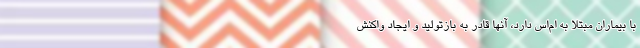
با بیماران مبتلا به ام‌اس دارد، آنها قادر به بازتولید و ایجاد واکنش